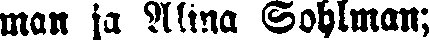
man ja Alina Sohlman;